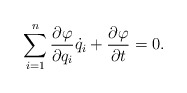
\begin{align*}\sum_{i=1}^{n}\frac{\partial \varphi }{\partial q_i}\dot q_i +\frac{\partial\varphi}{\partial t }=0{.}\end{align*}